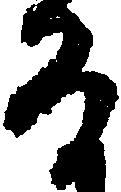
る